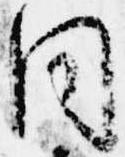
同